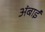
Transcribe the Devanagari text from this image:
अंबाई